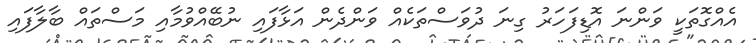
އެއްގޮތަކީ ވަންނަ އޮޑިފަހަރު ގިނަ ދުވަސްތަކެއް ވަންދެން އަޅާފައި ނުބޭއްވުމާއި މަސްތައް ބާލާފައި